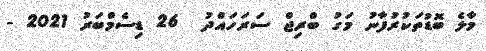
މާލެ ބޮޑުތަކުރުފާނު މަގު ބްރިޖް ސަރަހައްދު  26 ޑިސެމްބަރު 2021 -